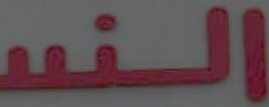
النس